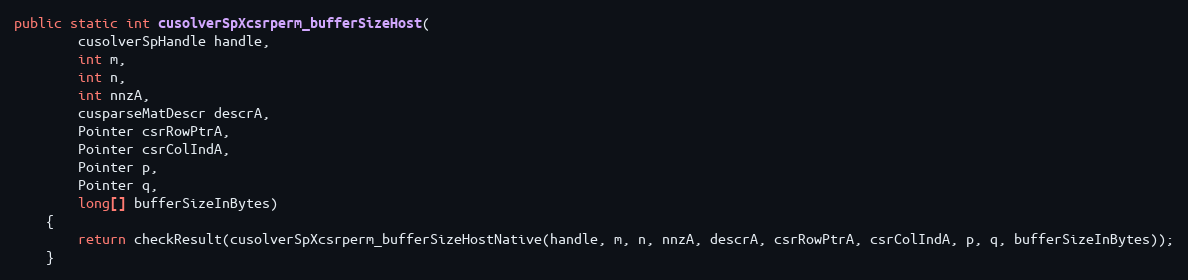
Language: Java
public static int cusolverSpXcsrperm_bufferSizeHost(
        cusolverSpHandle handle,
        int m,
        int n,
        int nnzA,
        cusparseMatDescr descrA,
        Pointer csrRowPtrA,
        Pointer csrColIndA,
        Pointer p,
        Pointer q,
        long[] bufferSizeInBytes)
    {
        return checkResult(cusolverSpXcsrperm_bufferSizeHostNative(handle, m, n, nnzA, descrA, csrRowPtrA, csrColIndA, p, q, bufferSizeInBytes));
    }